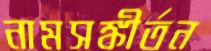
নামসঙ্কীর্তন